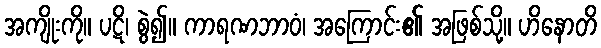
အကျိုးကို။ ပဋိ၊ စွဲ၍။ ကာရဏဘာဝံ၊ အကြောင်း၏ အဖြစ်သို့။ ဟိနောတိ